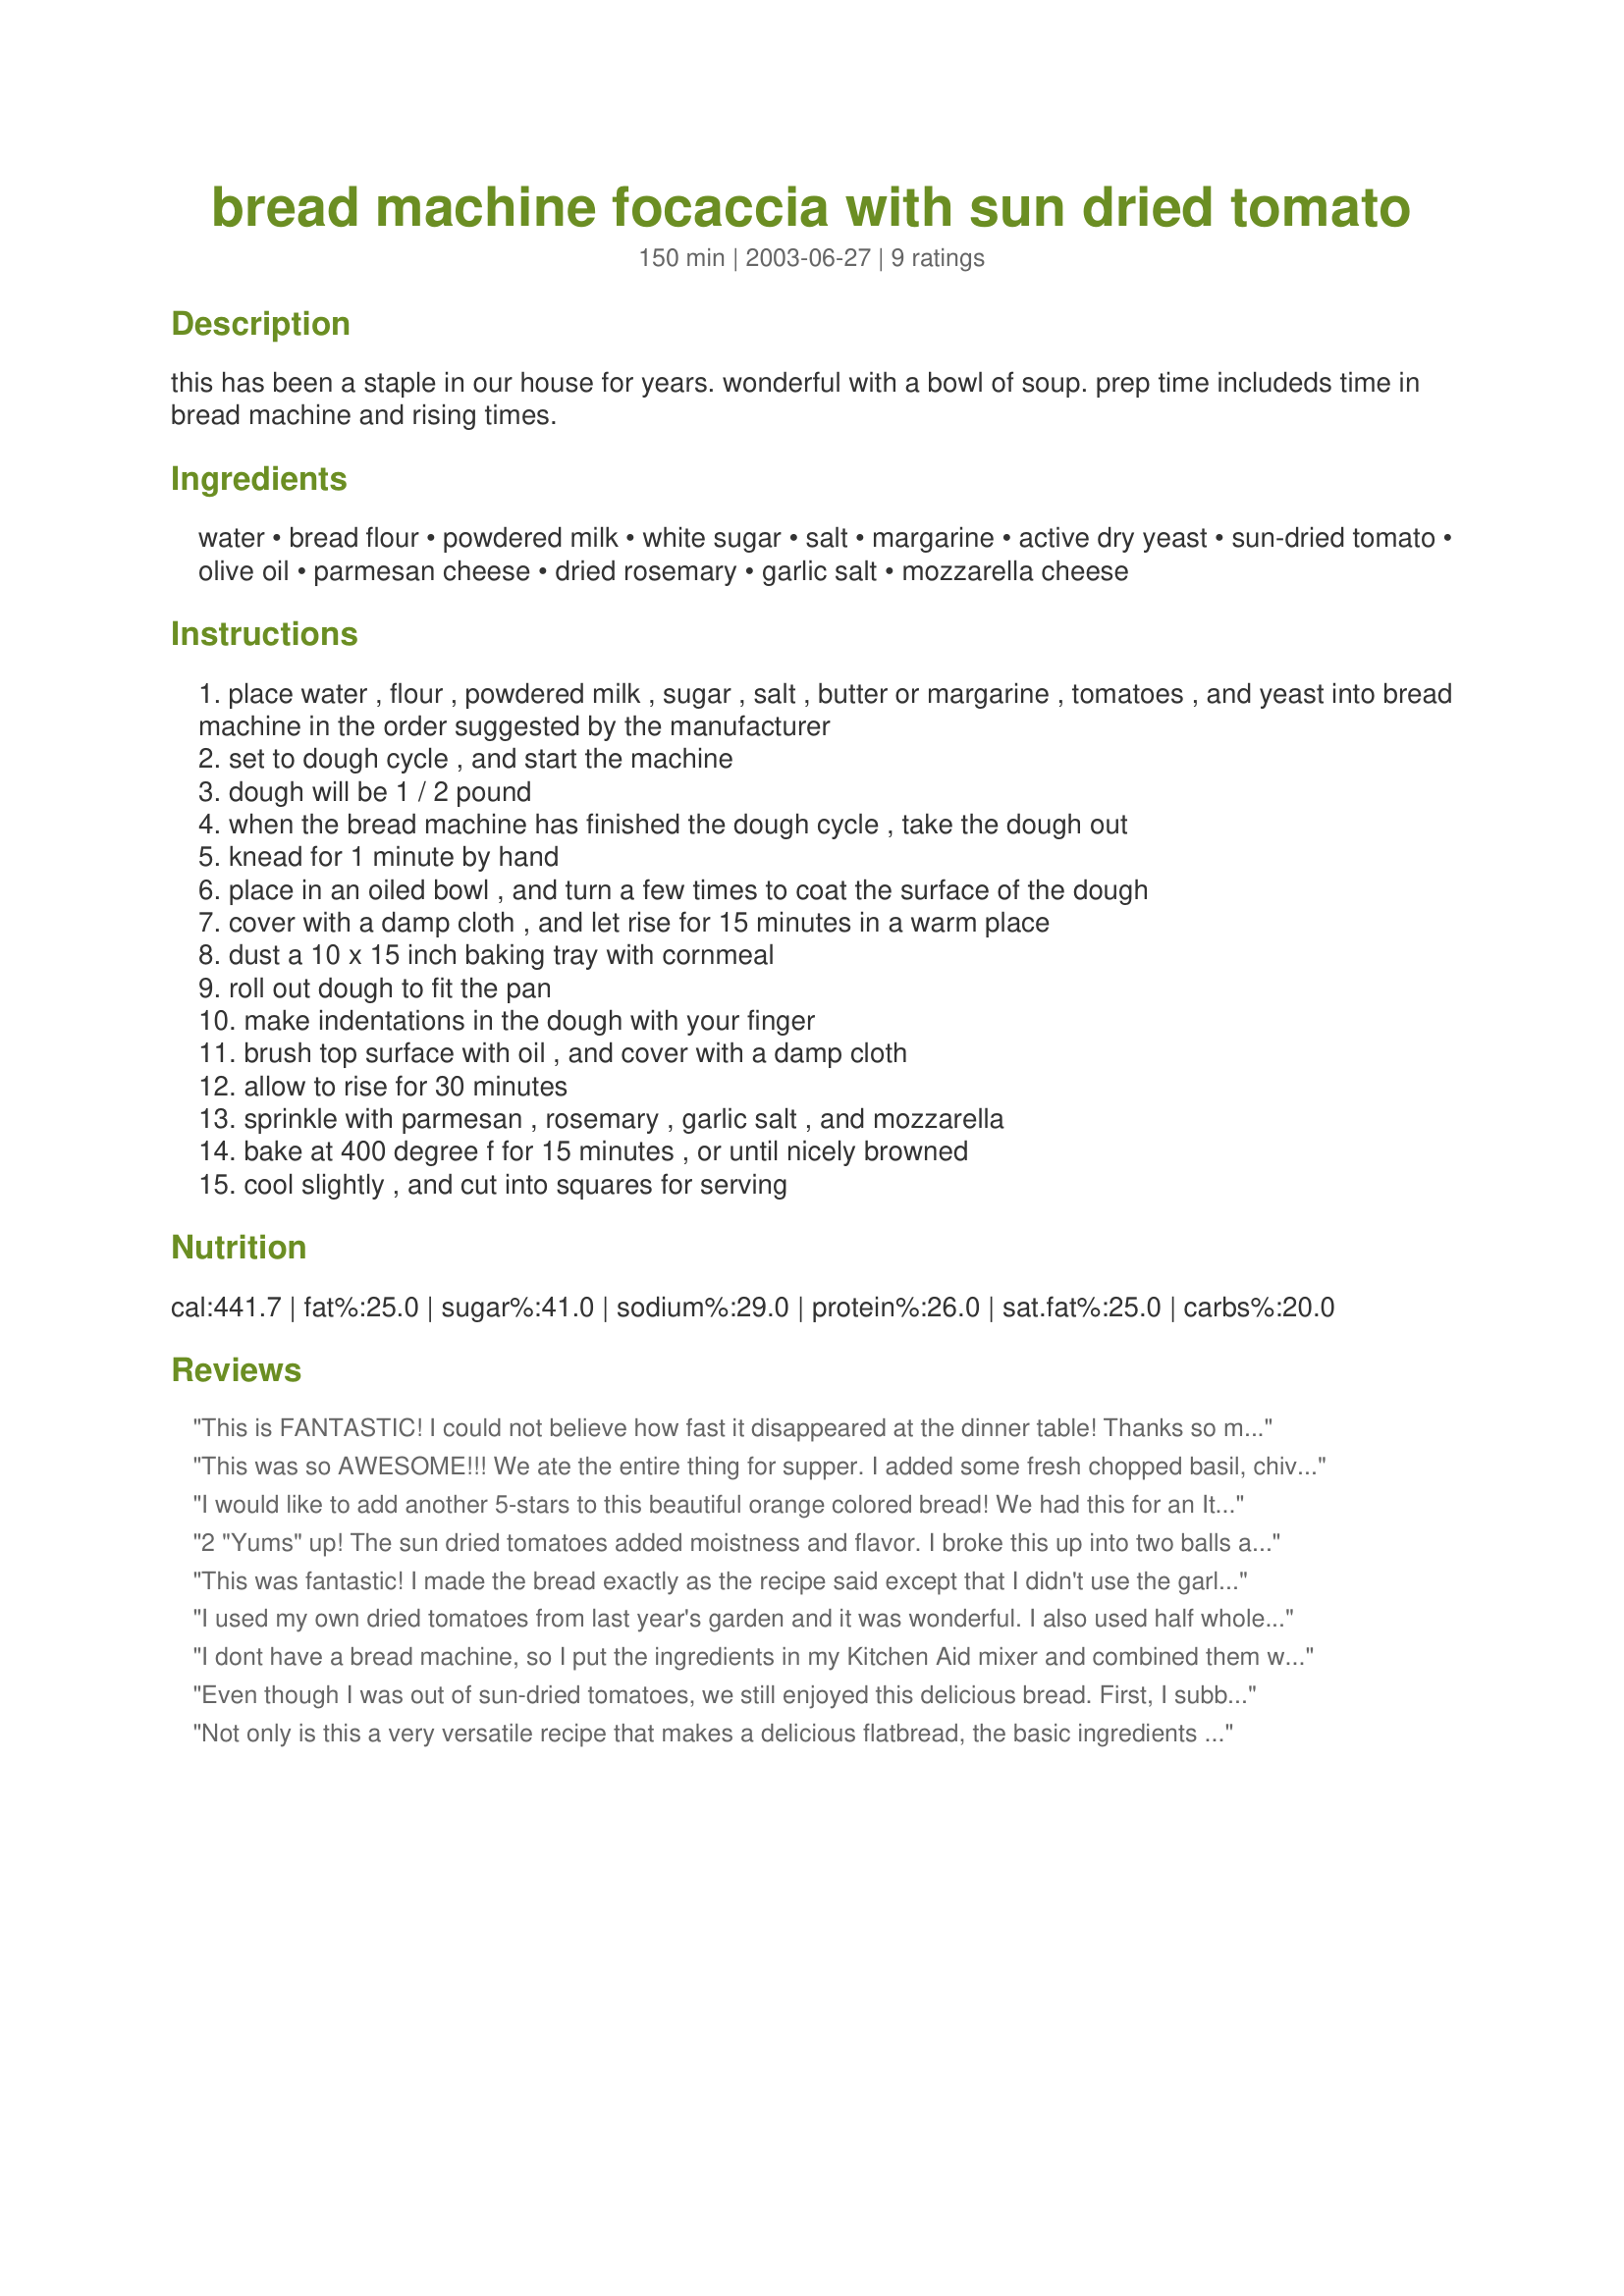
bread machine focaccia with sun dried tomato
Preparation time: 150 minutes

this has been a staple in our house for years. wonderful with a bowl of soup. prep time includeds time in bread machine and rising times.

Ingredients:
water, bread flour, powdered milk, white sugar, salt, margarine, active dry yeast, sun-dried tomato, olive oil, parmesan cheese, dried rosemary, garlic salt, mozzarella cheese

Steps:
place water , flour , powdered milk , sugar , salt , butter or margarine , tomatoes , and yeast into bread machine in the order suggested by the manufacturer
set to dough cycle , and start the machine
dough will be 1 / 2 pound
when the bread machine has finished the dough cycle , take the dough out
knead for 1 minute by hand
place in an oiled bowl , and turn a few times to coat the surface of the dough
cover with a damp cloth , and let rise for 15 minutes in a warm place
dust a 10 x 15 inch baking tray with cornmeal
roll out dough to fit the pan
make indentations in the dough with your finger
brush top surface with oil , and cover with a damp cloth
allow to rise for 30 minutes
sprinkle with parmesan , rosemary , garlic salt , and mozzarella
bake at 400 degree f for 15 minutes , or until nicely browned
cool slightly , and cut into squares for serving

Reviews:
This is FANTASTIC! I could not believe how fast it disappeared at the dinner table! Thanks so much!!!
This was so AWESOME!!! We ate the entire thing for supper. I added some fresh chopped basil, chives, and thyme in the dough along with some minced fresh garlic. Sprinkled some fresh herbs on top with the cheese and left out the garlic salt. Will be making this again very soon! Thank you for a fabulous recipe!!
I would like to add another 5-stars to this beautiful orange colored bread! We had this for an Italian themed party and it was awesome, even though I misread the directions. This is how I made it: I put the salt in with the water first, then added the rest of the ingredients, INCLUDING 2 T. olive oil, 2 T. parmesan cheese and I used 1 T. of a pizza seasoning mix that I buy from Atlantic Spice or San Francisco Spice Co....(oops....delicious!) Then I added (more) oil for the top with fresh parsley-rosemary-thyme, chopped fine, mozzarella and garlic salt. The 2nd time I made it, my stove bit the dust when I turned it on to preheat it, so I froze the dough after it had finished the dough cycle in the bread machine. After buying a new stove, I set it in the fridge overnight, took it out next day and let it rise again, made according to the directions to finish baking..... You couldn&#039;t even tell that it had been frozen. Thanks for sharing - it&#039;s a keeper!!
2 "Yums" up! The sun dried tomatoes added moistness and flavor. I broke this up into two balls and baked it that way. Loved it!
This was fantastic! I made the bread exactly as the recipe said except that I didn't use the garlic salt. YUMMY!! The whole bread turned a pretty orange color. Fantastic with soup. I'll be making this one again.
I used my own dried tomatoes from last year's garden and it was wonderful. I also used half whole wheat flour and garlic powder rather than garlic salt, and added the mozzarella after it had baked for about 7 minutes. Very easy to make, and fast when you use rapid-rise yeast.
I dont have a bread machine, so I put the ingredients in my Kitchen Aid mixer and combined them with the dough hook It worked fine. Definately a keeper
Even though I was out of sun-dried tomatoes, we still enjoyed this delicious bread. First, I subbed 1 cup of whole wheat flour for the white flour. I omitted the cheese, and topped the bread with salt free lemon-pepper seasoning, salt free garlic powder and fresh rosemary from the garden. This was a cinch to prepare! Very good flavor and I really like the texture of the bread. Next time I promise to test the bread with the sun-dried tomatoes. Thanks!
Not only is this a very versatile recipe that makes a delicious flatbread, the basic ingredients make a very tasty pizza dough as well. I actually decided to try this recipe as a pizza dough and now I'm never looking back--it makes a great foundation for sauce and the denser toppings of a pizza as well if any of you out there would care to try it, it's worth a shot! A well-deserved 5 stars...thanks for posting, Rhonda! :)
